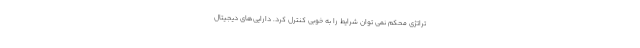
تراتژی محکم نمی توان شرایط را به خوبی کنترل کرد. دارایی‌های دیجیتال